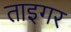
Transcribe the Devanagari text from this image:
ताइगर